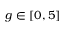
g \in \left[ 0 , 5 \right]